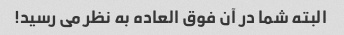
البته شما در آن فوق العاده به نظر می رسید!